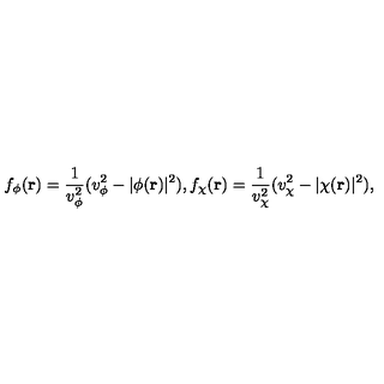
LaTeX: f _ { \phi } ( { \bf r } ) = \frac { 1 } { v _ { \phi } ^ { 2 } } ( v _ { \phi } ^ { 2 } - | \phi ( { \bf r } ) | ^ { 2 } ) , f _ { \chi } ( { \bf r } ) = \frac { 1 } { v _ { \chi } ^ { 2 } } ( v _ { \chi } ^ { 2 } - | \chi ( { \bf r } ) | ^ { 2 } ) ,